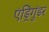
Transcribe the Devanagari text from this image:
एंड्रिगुंडर